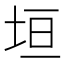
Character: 垣